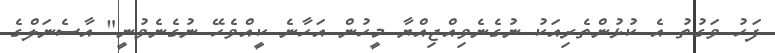
ފަހު ވަގުތު އެ ކުޅުންތެރިއަކު ނުގެނެވިއްޖިއްޔާ މީހުން އަހާނެ ކީއްވެހޭ ނުގެނެވުނީ" އާސެނަލްގެ